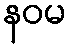
နဝမ